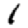
Digit: 1